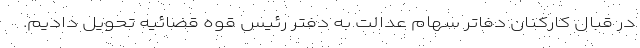
در قبال کارکنان دفاتر سهام عدالت به دفتر رئیس قوه قضائیه تحویل دادیم.